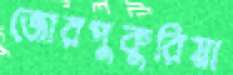
জোরপুকুরিয়া